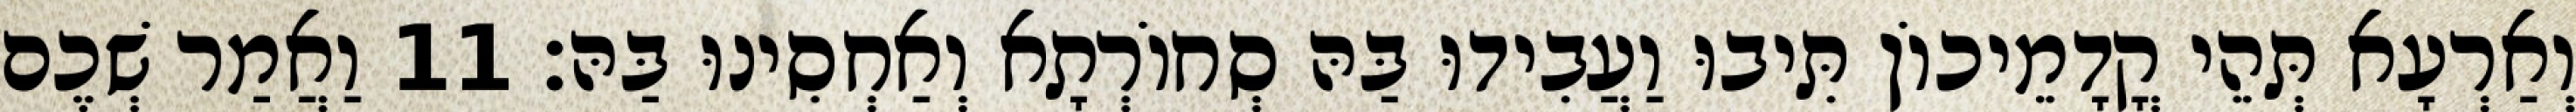
וְאַרְעָא תְּהֵי קֳדָמֵיכוֹן תִּיבוּ וַעֲבִידוּ בַּהּ סְחוֹרְתָא וְאַחְסִינוּ בַּהּ׃ 11 וַאֲמַר שְׁכֶם